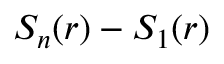
S _ { n } ( r ) - S _ { 1 } ( r )